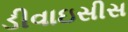
ડીવાઇસીસ